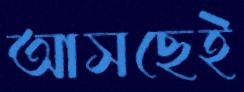
আসছেই